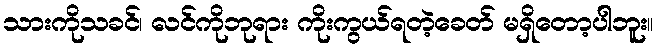
သားကိုသခင်၊ လင်ကိုဘုရား ကိုးကွယ်ရတဲ့ခေတ် မရှိတော့ပါဘူး။